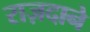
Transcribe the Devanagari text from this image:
राज़दाने